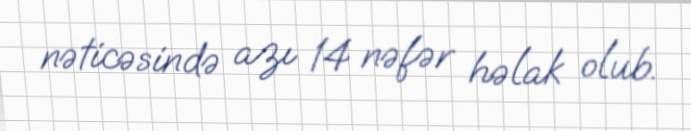
nəticəsində azı 14 nəfər həlak olub.